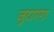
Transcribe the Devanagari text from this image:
जुटाएगा